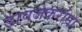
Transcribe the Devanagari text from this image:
डावजेकरांना